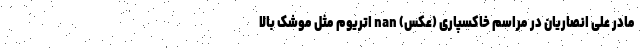
مادر علی انصاریان در مراسم خاکسپاری (عکس) nan اتریوم مثل موشک بالا